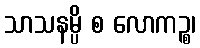
သာသနမ္ပိ စ လောကဉ္စ၊